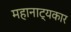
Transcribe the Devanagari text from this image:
महानाट्यकार